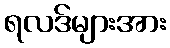
ရလဒ်များအား